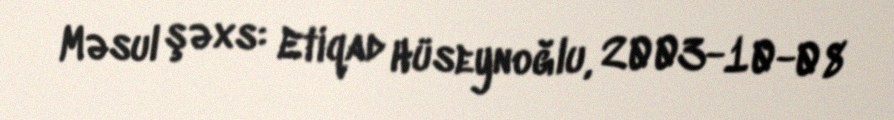
Məsul şəxs: Etiqad Hüseynoğlu, 2003-10-08